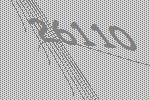
26110